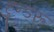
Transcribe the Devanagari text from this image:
हुन्डरू